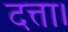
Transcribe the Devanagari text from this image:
दत्ता।